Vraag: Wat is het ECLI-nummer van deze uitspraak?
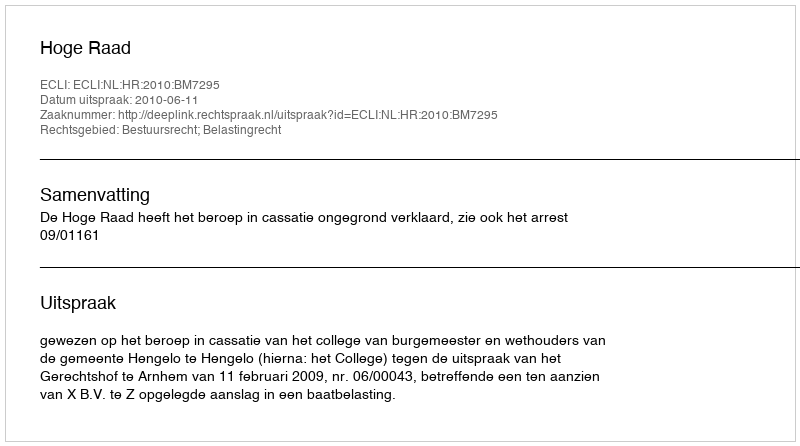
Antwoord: ECLI:NL:HR:2010:BM7295